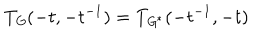
T _ { \mathit { G } } ( - t , - t ^ { - 1 } ) = T _ { \mathit { G } ^ { \ast } } ( - t ^ { - 1 } , - t )